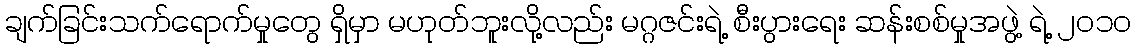
ချက်ခြင်းသက်ရောက်မှုတွေ ရှိမှာ မဟုတ်ဘူးလို့လည်း မဂ္ဂဇင်းရဲ့ စီးပွားရေး ဆန်းစစ်မှုအဖွဲ့ ရဲ့ ၂၀၁၀